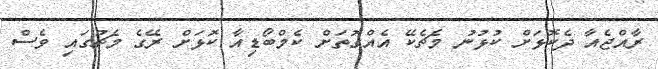
ރާއްޖެއާ ދެކޮޅަށް ކުޅުނު މެޗެކޭ އެއްގޮަތަށް ކެމްބޯޑިއާ ކޮޅަށް ރޭގެ މެޗުގައި ވެސް